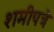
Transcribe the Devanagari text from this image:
शमीपत्रे